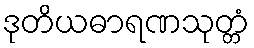
ဒုတိယဓာရဏသုတ္တံ